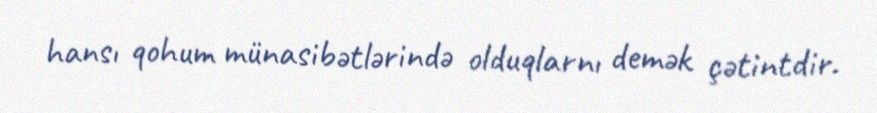
hansı qohum münasibətlərində olduqlarnı demək çətintdir.